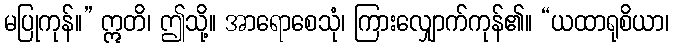
မပြုကုန်။” ဣတိ၊ ဤသို့။ အာရောစေသုံ၊ ကြားလျှောက်ကုန်၏။ “ယထာရုစိယာ၊